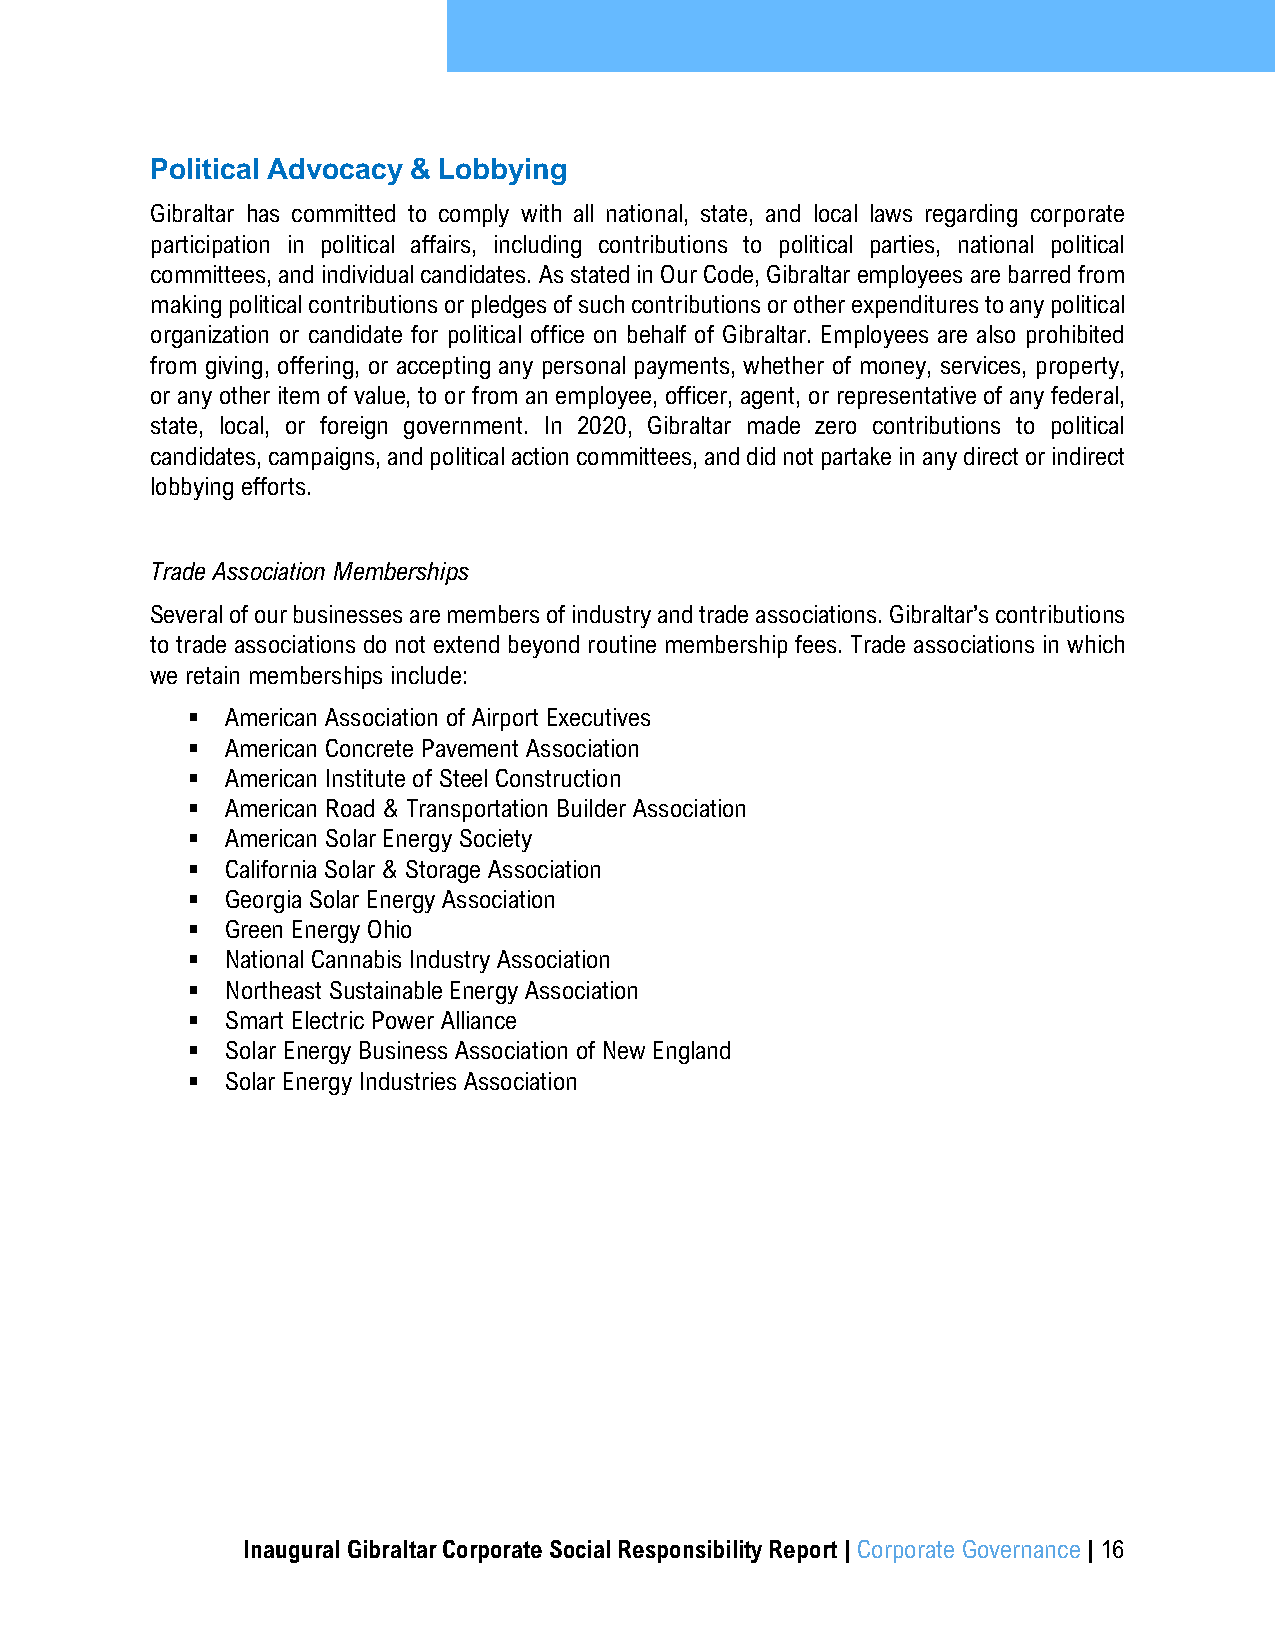
Political Advocacy & Lobbying
 Gibraltar has committed to comply with all national, state, and local laws regarding corporate
 participation in political affairs, including contributions to political parties, national political
 committees, and individual candidates. As stated in Our Code, Gibraltar employees are barred from
 making political contributions or pledges of such contributions or other expenditures to any political
 organization or candidate for political office on behalf of Gibraltar. Employees are also prohibited
 from giving, offering, or accepting any personal payments, whether of money, services, property,
 or any other item of value, to or from an employee, officer, agent, or representative of any federal,
 state, local, or foreign government. In 2020, Gibraltar made zero contributions to political
 candidates, campaigns, and political action committees, and did not partake in any direct or indirect
 lobbying efforts.
 Trade Association Memberships
 Several of our businesses are members of industry and trade associations. Gibraltar’s contributions
 to trade associations do not extend beyond routine membership fees. Trade associations in which
 we retain memberships include:
 ▪  American Association of Airport Executives
 ▪  American Concrete Pavement Association
 ▪  American Institute of Steel Construction
 ▪  American Road & Transportation Builder Association
 ▪  American Solar Energy Society
 ▪  California Solar & Storage Association
 ▪  Georgia Solar Energy Association
 ▪  Green Energy Ohio
 ▪  National Cannabis Industry Association
 ▪  Northeast Sustainable Energy Association
 ▪  Smart Electric Power Alliance
 ▪  Solar Energy Business Association of New England
 ▪  Solar Energy Industries Association
 Inaugural Gibraltar Corporate Social Responsibility Report | Corporate Governance | 16